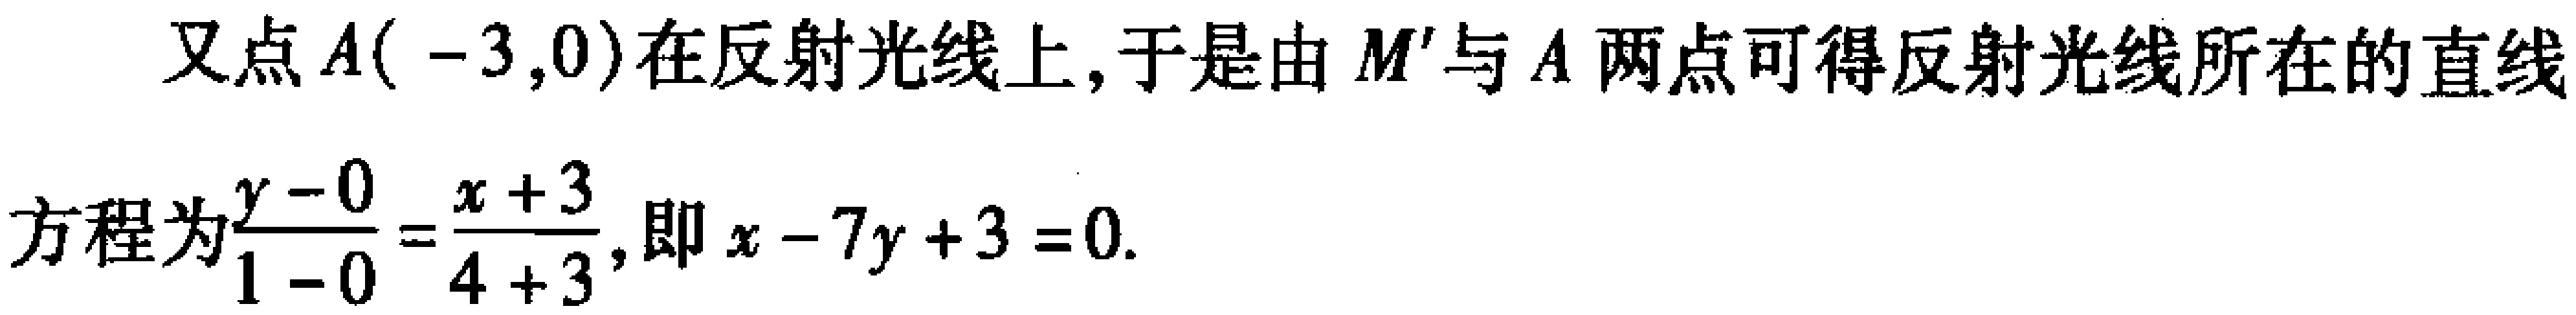
又点\(A(-3,0)\)在反射光线上,于是由\(M'\)与\(A\)两点可得反射光线所在的直线
方程为\(\frac{y - 0}{1 - 0}=\frac{x + 3}{4 + 3}\),即\(x - 7y + 3 = 0\).